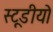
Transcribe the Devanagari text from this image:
स्टूडीयो